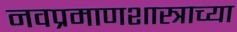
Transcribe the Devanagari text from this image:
नवप्रमाणशास्त्राच्या